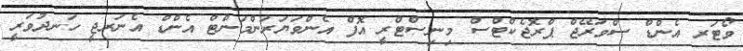
ވޯޓަރ އެންޑް ސްވަރޭޖް ޕްރޮޖެކްޓްސް މިނިސްޓްރީ އޮފް އެންވަޔަރަންމަންޓް އެންޑް އެނަރޖީ ހަނދުވަރީ